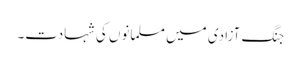
جنگ آزادی میں مسلمانوں کی شہادت۔